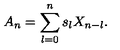
A _ { n } = \sum _ { l = 0 } ^ { n } s _ { l } X _ { n - l } .